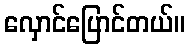
လှောင်ပြောင်တယ်။